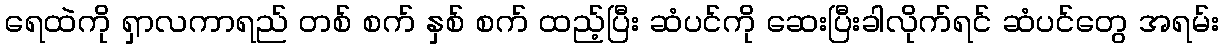
ရေထဲကို ရှာလကာရည် တစ် စက် နှစ် စက် ထည့်ပြီး ဆံပင်ကို ဆေးပြီးခါလိုက်ရင် ဆံပင်တွေ အရမ်း